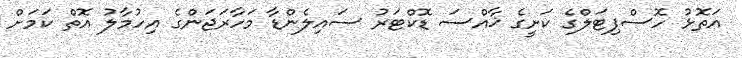
އަތޮޅު ހޮސްޕިޓަލްގެ ކަށީގެ ޚާއްސަ ޑޮކްޓަރު ސައިލެންޑާ މަހާރަޖަންގެ އިހުމާލު އޮތް ކަމަށް